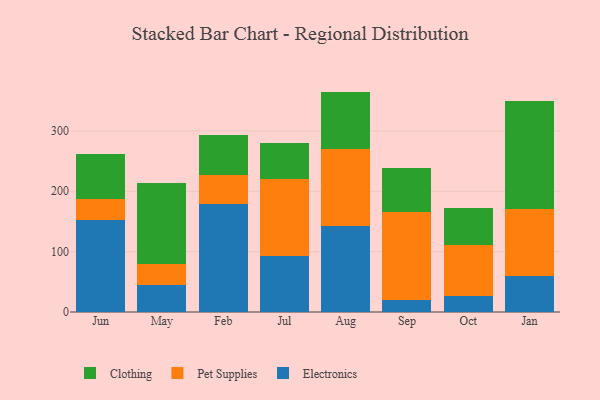
{"axis": {"x": "Month", "y": "Churn Rate (%)"}, "legend": ["Clothing", "Electronics", "Pet Supplies"], "data": [{"x": "Jun", "y": 152.0, "type": "Electronics"}, {"x": "Jun", "y": 35.7, "type": "Pet Supplies"}, {"x": "Jun", "y": 73.8, "type": "Clothing"}, {"x": "May", "y": 44.6, "type": "Electronics"}, {"x": "May", "y": 34.8, "type": "Pet Supplies"}, {"x": "May", "y": 134.0, "type": "Clothing"}, {"x": "Feb", "y": 178.3, "type": "Electronics"}, {"x": "Feb", "y": 48.8, "type": "Pet Supplies"}, {"x": "Feb", "y": 65.8, "type": "Clothing"}, {"x": "Jul", "y": 92.5, "type": "Electronics"}, {"x": "Jul", "y": 128.4, "type": "Pet Supplies"}, {"x": "Jul", "y": 59.8, "type": "Clothing"}, {"x": "Aug", "y": 142.1, "type": "Electronics"}, {"x": "Aug", "y": 127.5, "type": "Pet Supplies"}, {"x": "Aug", "y": 95.5, "type": "Clothing"}, {"x": "Sep", "y": 19.6, "type": "Electronics"}, {"x": "Sep", "y": 146.0, "type": "Pet Supplies"}, {"x": "Sep", "y": 73.1, "type": "Clothing"}, {"x": "Oct", "y": 26.3, "type": "Electronics"}, {"x": "Oct", "y": 85.3, "type": "Pet Supplies"}, {"x": "Oct", "y": 61.2, "type": "Clothing"}, {"x": "Jan", "y": 60.4, "type": "Electronics"}, {"x": "Jan", "y": 110.8, "type": "Pet Supplies"}, {"x": "Jan", "y": 179.1, "type": "Clothing"}]}